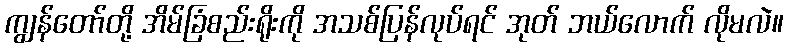
ကျွန်တော်တို့ အိမ်ခြံစည်းရိုးကို အသစ်ပြန်လုပ်ရင် အုတ် ဘယ်လောက် လိုမလဲ။